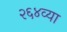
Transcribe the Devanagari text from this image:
२६४व्या